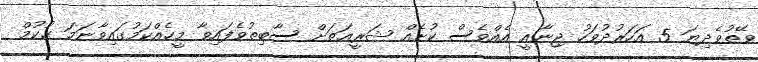
ވޭތުވެދިޔަ 5 އަހަރުދުވަހު ޖިނާއީ އެއްވެސް ކުށެއް ޝަރީޢަތަށް ސާބިތުވެފައިވާ މީހެއްކަމުގައިވާނަމަ ޙުކުމް